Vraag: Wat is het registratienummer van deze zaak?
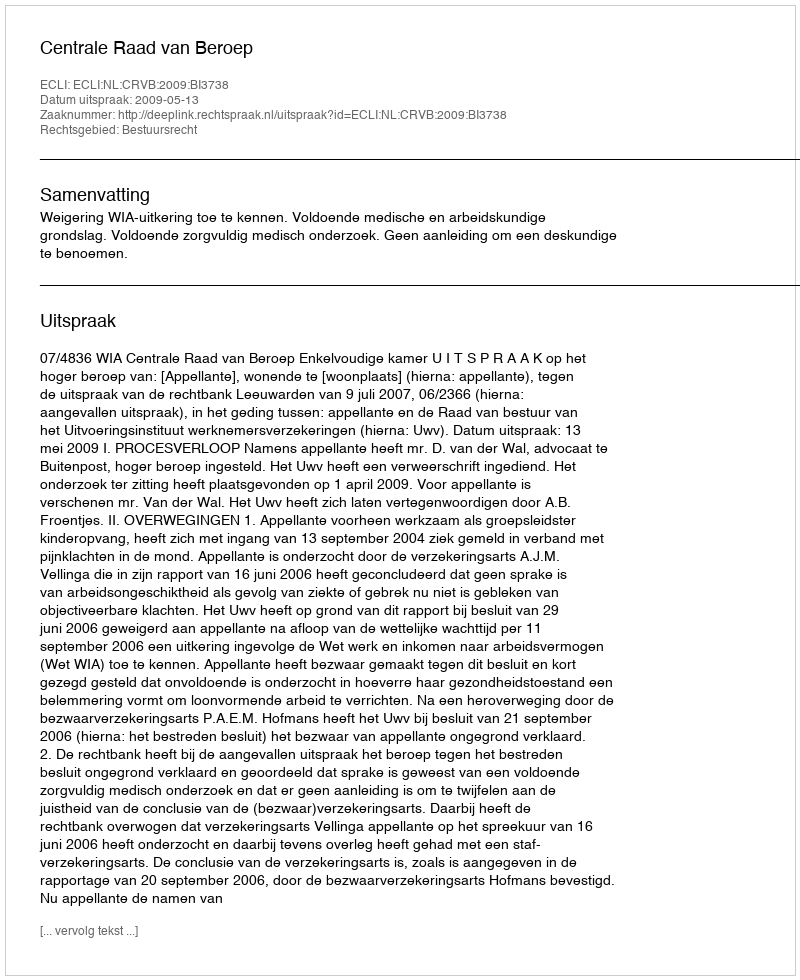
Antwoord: http://deeplink.rechtspraak.nl/uitspraak?id=ECLI:NL:CRVB:2009:BI3738